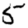
Digit: 5